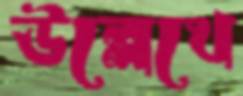
উল্লেখে